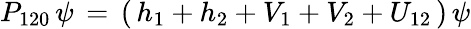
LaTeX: P_{120}\, \psi\, =\, (\, h_{1}+h_{2}+V_{1}+V_{2}+U_{12}\, )\, \psi